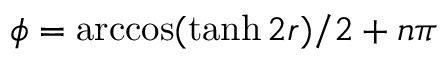
\phi = \operatorname { a r c c o s } ( \operatorname { t a n h } 2 r ) / 2 + n \pi